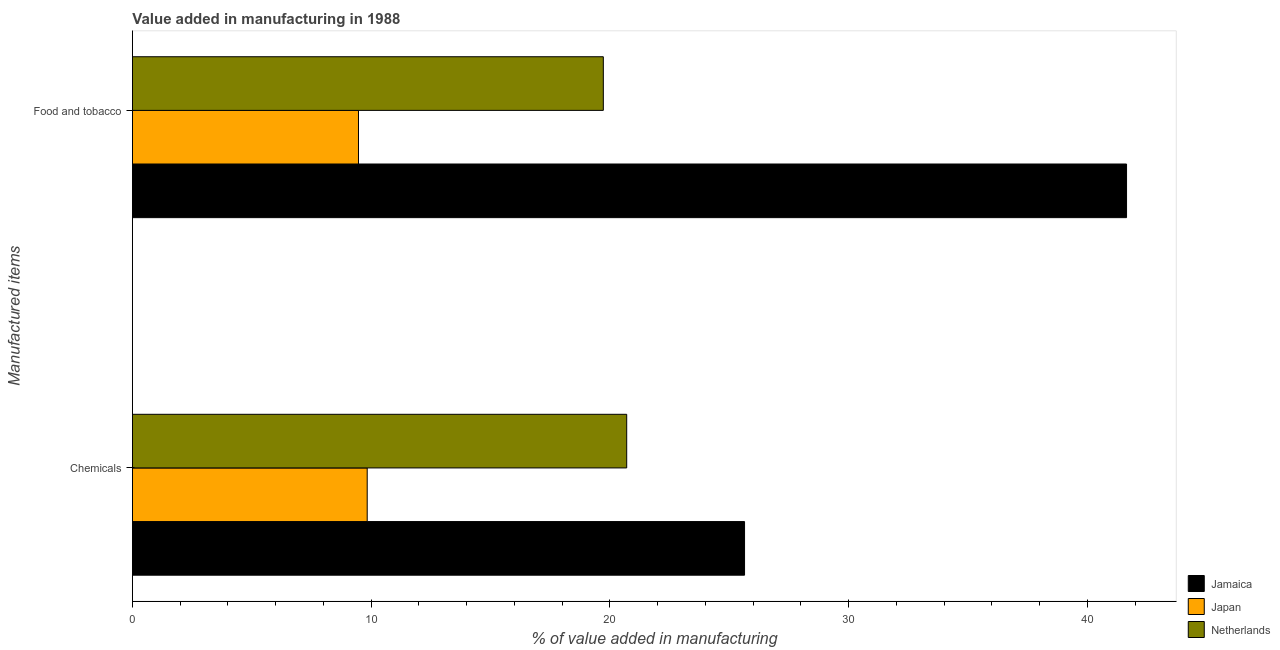
| Manufactured items | Jamaica | Japan | Netherlands |
 | --- | --- | --- | --- |
 | Chemicals | 25.6 | 9.83 | 20.7 |
 | Food and tobacco | 41.6 | 9.47 | 19.7 |